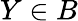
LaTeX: Y\in B